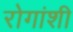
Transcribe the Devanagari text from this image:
रोगांशी